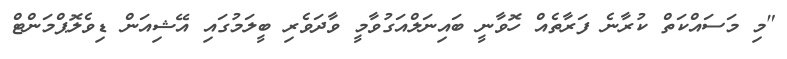
"މި މަސައްކަތް ކުރާނެ ފަރާތެއް ހޮވާނީ ބައިނަލްއަގުވާމީ ވާދަވެރި ބީލަމުގައި އޭޝިއަން ޑިވެލޮޕްމަންޓް